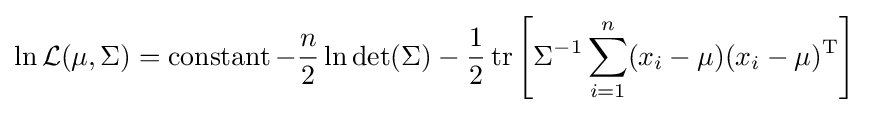
\ln {\mathcal {L}}(\mu ,\Sigma )=\operatorname {constant} -{n \over 2}\ln \det(\Sigma )-{1 \over 2}\operatorname {tr} \left[\Sigma ^{-1}\sum _{i=1}^{n}(x_{i}-\mu )(x_{i}-\mu )^{\mathrm {T} }\right]